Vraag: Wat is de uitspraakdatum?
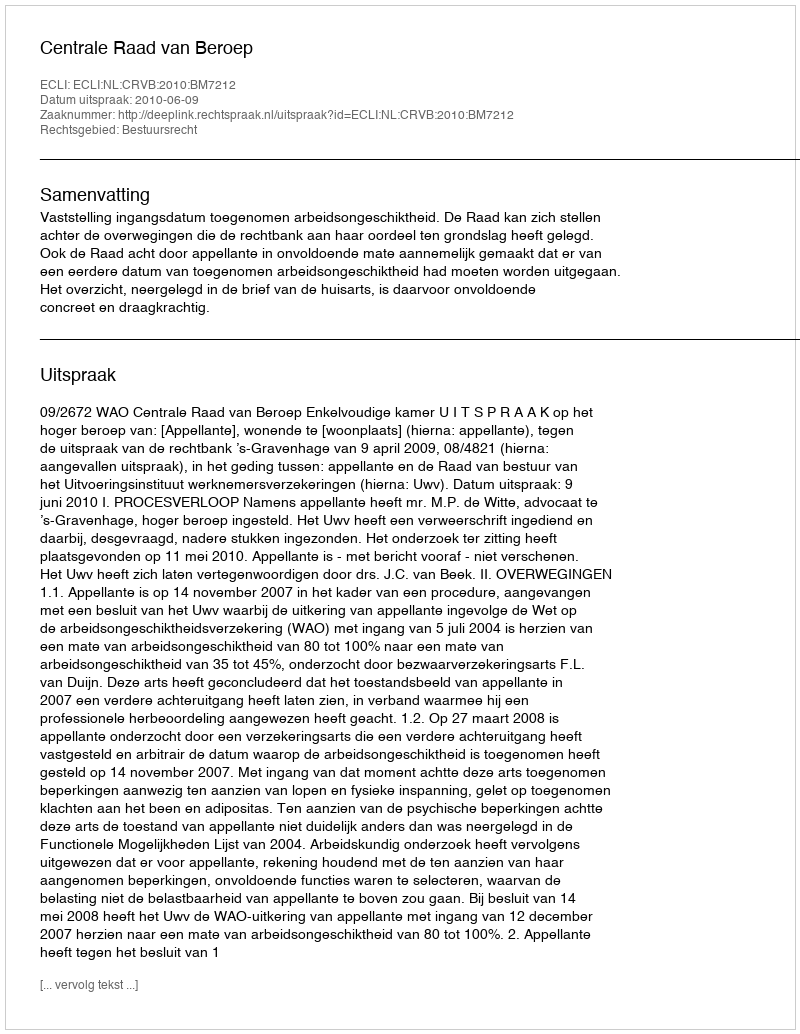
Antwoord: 2010-06-09